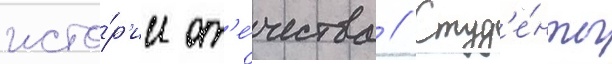
исто́р'ии от'е́чества // Студ'е́нты